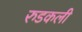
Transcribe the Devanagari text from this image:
रुडकली